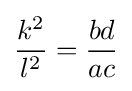
{\frac {k^{2}}{l^{2}}}={\frac {bd}{ac}}